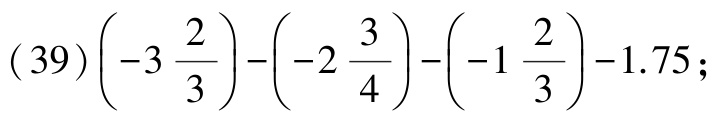
\((39)\left(-3\frac{2}{3}\right)-\left(-2\frac{3}{4}\right)-\left(-1\frac{2}{3}\right)-1.75\)